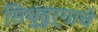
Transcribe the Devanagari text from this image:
सिधुदुर्गाचे